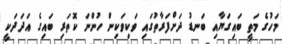
މަހުގެ މަތީ ބައިގަޔާއި ބަނޑު ދަށްފަރާތުގައި ވަކިވަކިން ހުންނަ ކޮތަރި ބައިގެ އަދަދަކީ